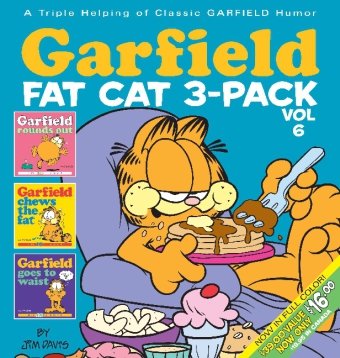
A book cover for Garfield Fat Cat 3-Pack (Book 6); Jim Davis; Humor & Entertainment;